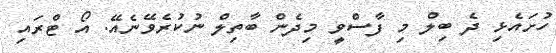
ހުށައެޅި ދެ ބިލް މި ފާސްވީ މިދެން ބާތިލް ނުކުރެވޭނެއޭ. އޯ ޓްރައި